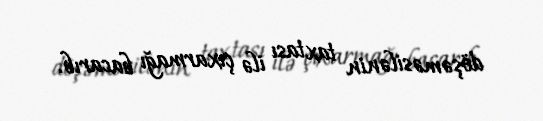
döşəməsilənin taxtası ilə çıxarmağı bacarıb.